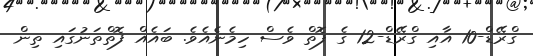
ގްރޭޑް-10 އާއި ގްރޭޑް-12 ގެ ފޮތް ވެސް ހިމެނެއެވެ. ބައެއް ފޮތްތަނުގައި ތިން